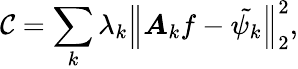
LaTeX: \mathcal{C}=\sum_{k}\lambda_{k}\left\Vert\boldsymbol{A}_{k}f-\tilde{\psi_{k}}\right\Vert_{2}^{2},